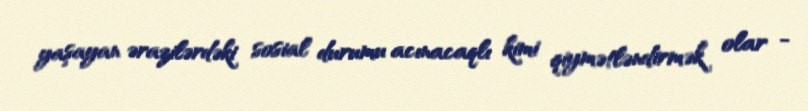
yaşayan ərazilərdəki sosial durumu acınacaqlı kimi qiymətləndirmək olar -